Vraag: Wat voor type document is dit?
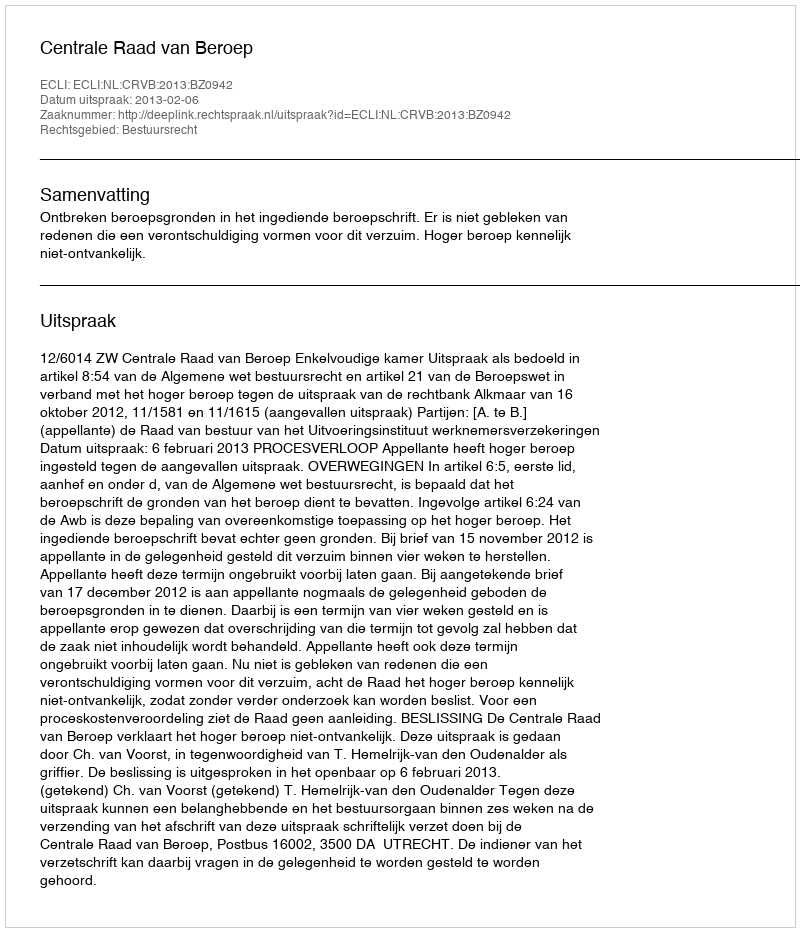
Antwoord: Uitspraak